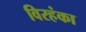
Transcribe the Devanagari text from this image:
विरहंका